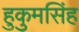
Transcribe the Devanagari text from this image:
हुकुमसिंह